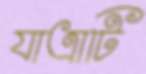
যাত্রাটি